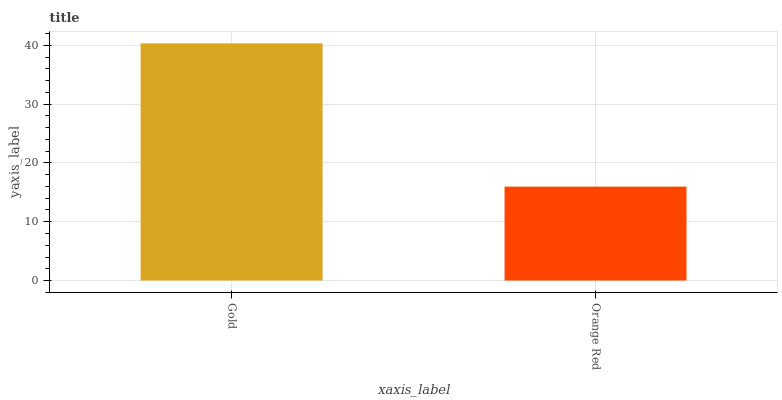
| xaxis_label | bars |
 | --- | --- |
 | Gold | 40.3 |
 | Orange Red | 16 |